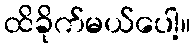
ထိခိုက်မယ်ပေါ့။